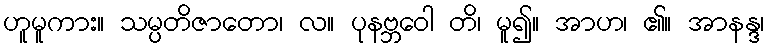
ဟူမူကား။ သမ္ပတိဇာတော၊ လ။ ပုနဗ္ဘဝေါ တိ၊ မူ၍။ အာဟ၊ ၏။ အာနန္ဒ၊